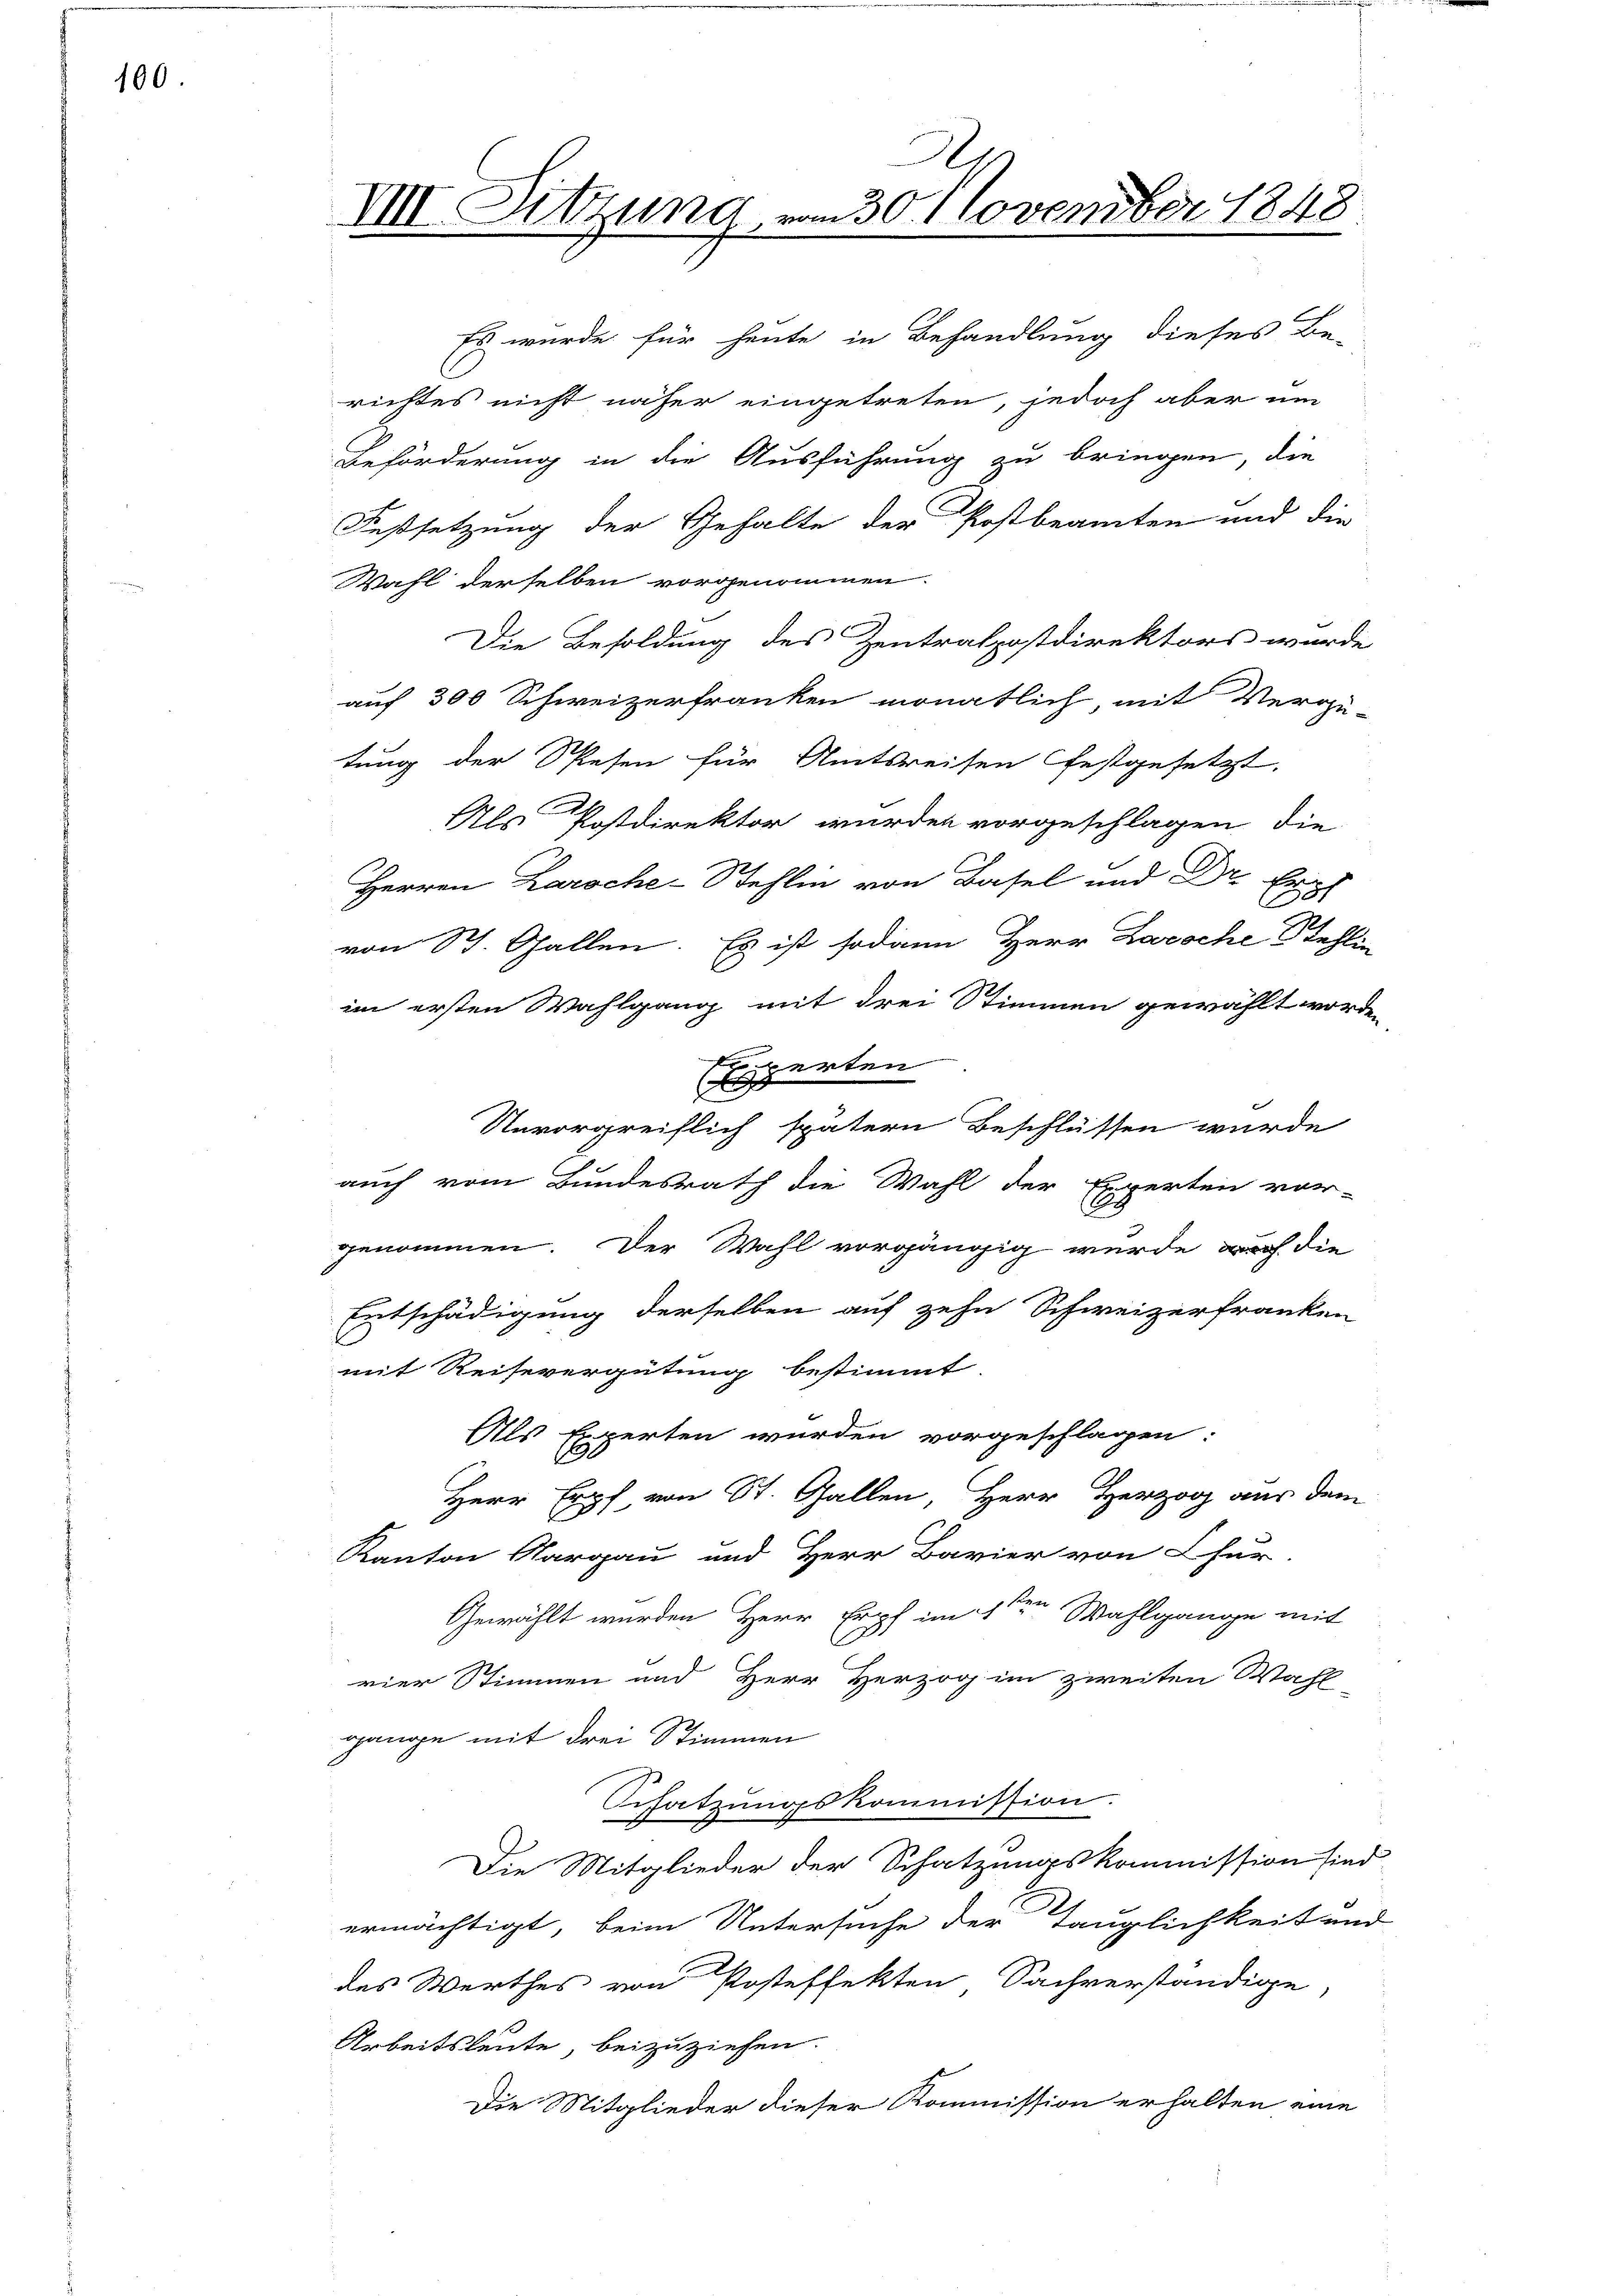
100.

Es wurde für heute in Behandlung dieses Be-
richtes nicht näher eingetreten, jedoch aber um
Beförderung in die Ausführung zu bringen, die
Festsetzung der Gehalte der Postbeamten und die
Wahl derselben vorgenommen.
Die Besoldung des Zentralpostdirektors wurde
auf 300 Schweizerfranken monatlich, mit Verge-
tung der Spesen für Amtsreisen festgesetzt,
Als Postdirektor wurden vorgeschlagen, die
Herren Larc
von St. Gallen. Es ist sodann Herr Laroche Stehlin
im ersten Wahlgang mit drei Stimmen gewählt worden
Experten
Unvorgreiflich spätern Beschlüssen wurde
auch vom Bundesrath die Wahl der Experten vor-
genommen. Der Wahl vorgängig wurde auch die
Entschädigung derselben auf zehn Schweizerfranken
mit Reisevergütung bestimmt.
Als Experten wurden vorgeschlagen:
Herr Erpf von St. Gallen, Herr Herzog aus dem
Kanton Aargau und Herr Bavier von Chur
Gewählt wurden Herr Erpf im 4ten Wahlgange mit
vier Stimmen und Herr Herzog im zweiten Wahl
gange mit drei Stimmen
Schatzungskommission.
Die Mitglieder der Schatzungskommission sind
ermächtigt, beim Untersuche der Tauglichkeit und
des Werthes von Posteffekten Sachverständige,
Arbeitsleute, beizuziehen.
Die Mitglieder dieser Kommission erhalten eine

A.
VIII Sitzung, vom 30. November 1848

.